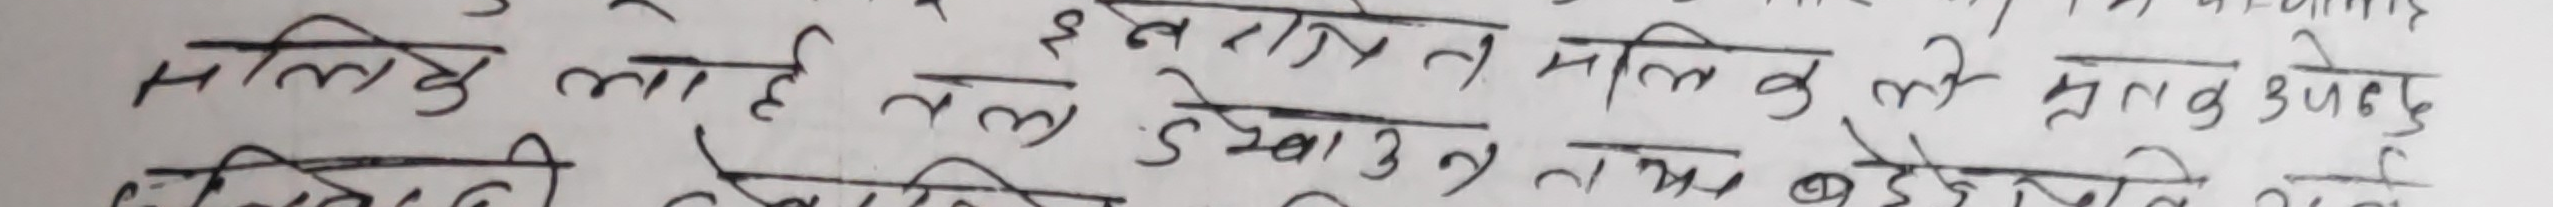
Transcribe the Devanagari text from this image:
मालिक लाई तल देखाउन मात्र होइन,
त्यसले देखाएको भएपनि तल देखाएको छ।